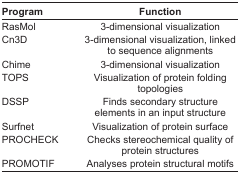
| Program | Function |
 | --- | --- |
 | RasMol | 3-dimensional visualization |
 | Cn3D | 3-dimensional visualization, linked to sequence alignments |
 | Chime | 3-dimensional visualization |
 | TOPS | Visualization of protein folding topologies |
 | DSSP | Finds secondary structure elements in an input structure |
 | Surfnet | Visualization of protein surface |
 | PROCHECK | Checks stereochemical quality of protein structures |
 | PROMOTIF | Analyses protein structural motifs |